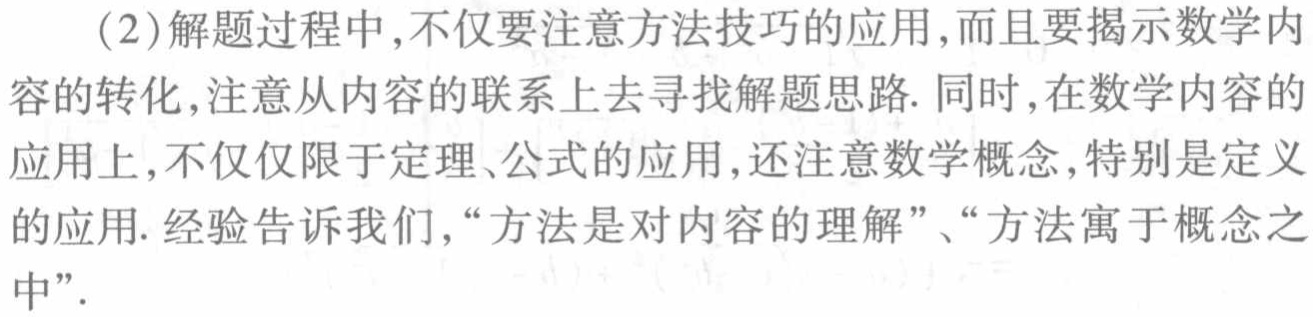
（2）解题过程中,不仅要注意方法技巧的应用,而且要揭示数学内容的转化,注意从内容的联系上去寻找解题思路. 同时,在数学内容的应用上,不仅仅限于定理、公式的应用,还注意数学概念,特别是定义的应用. 经验告诉我们,“方法是对内容的理解”、“方法寓于概念之中”.